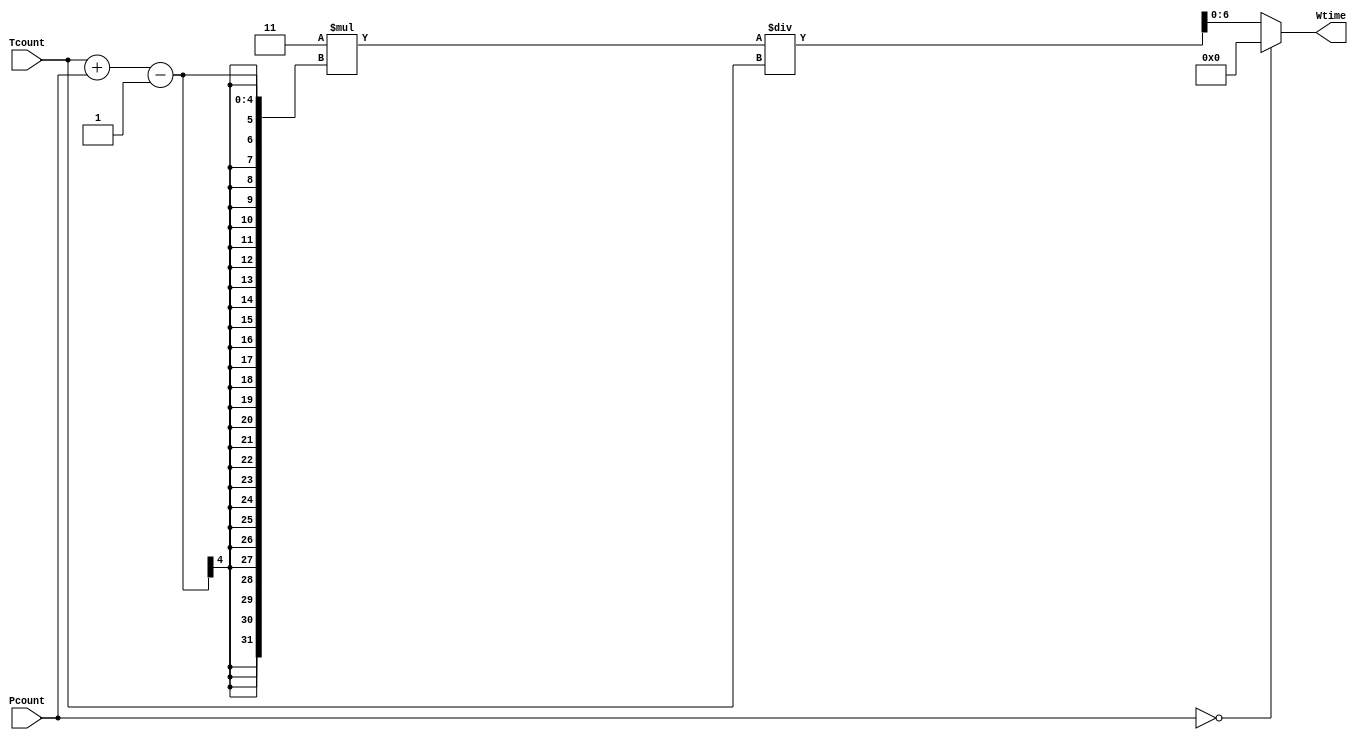
`timescale 1ns / 1ps

module LUP_T
    #(parameter N= 3 )(
        
    input [N-1 : 0 ] Tcount,
    input [N-1 : 0 ] Pcount ,
    output  reg [ 2*N  : 0 ] Wtime 
    );
    
    always@(*)
    begin
    if(Pcount ==0 )
        Wtime = 0;
     else
        Wtime = 3*(Tcount+Pcount-1)/Tcount;
     end
     
endmodule